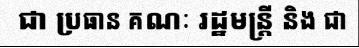
ជា ប្រធាន គណៈ រដ្ឋមន្ត្រី និង ជា